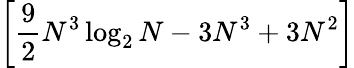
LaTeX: \left[{\frac{9}{2}}N^{3}\log_{2}N-3N^{3}+3N^{2}\right]